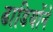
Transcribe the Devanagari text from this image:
ढाडियोंने